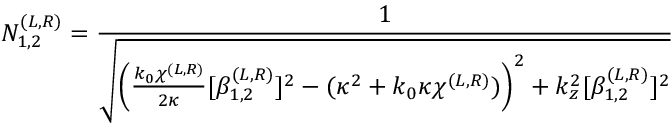
N _ { 1 , 2 } ^ { ( L , R ) } = \frac { 1 } { \sqrt { \left( \frac { k _ { 0 } \chi ^ { ( L , R ) } } { 2 \kappa } [ \beta _ { 1 , 2 } ^ { ( L , R ) } ] ^ { 2 } - ( \kappa ^ { 2 } + k _ { 0 } \kappa \chi ^ { ( L , R ) } ) \right) ^ { 2 } + k _ { z } ^ { 2 } [ \beta _ { 1 , 2 } ^ { ( L , R ) } ] ^ { 2 } } }